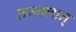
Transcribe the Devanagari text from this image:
तज्जलान्